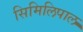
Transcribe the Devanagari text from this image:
सिमिलिपाल